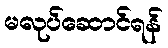
မလုပ်ဆောင်ရန်